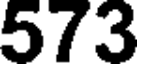
573